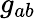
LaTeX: g_{ab}